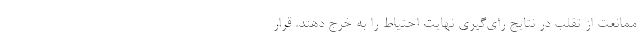
ممانعت از تقلب در نتایج رای‌گیری نهایت احتیاط را به خرج دهند. قرار